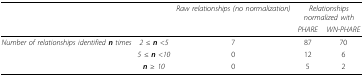
<table><thead><tr><td colspan="2"></td><td><b><i>Raw relationships (no normalization)</i></b></td><td colspan="2"><b><i>Relationships normalized with</i></b></td></tr><tr><td></td><td></td><td></td><td><b><i>PHARE</i></b></td><td><b><i>WN-PHARE</i></b></td></tr></thead><tbody><tr><td><i>Number of relationships identified <b>n</b> times</i></td><td><i>2</i> ≤ <b><i>n</i></b> &lt;<i>5</i></td><td>7</td><td>87</td><td>70</td></tr><tr><td></td><td><i>5</i> ≤ <b><i>n</i></b> &lt;<i>10</i></td><td>0</td><td>12</td><td>6</td></tr><tr><td></td><td><b><i>n</i></b> ≥ <i>10</i></td><td>0</td><td>5</td><td>2</td></tr></tbody></table>